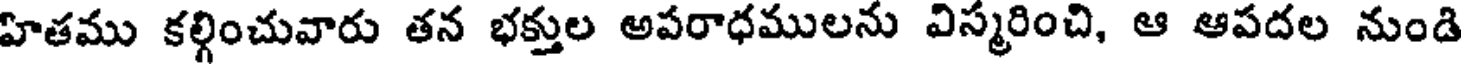
హితము కల్గించువారు తన భక్తుల అపరాధములను విస్మరించి, ఆ ఆపదల నుండి